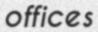
offices